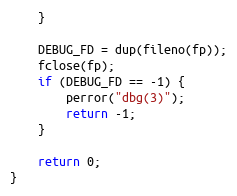
Language: C
	}

	DEBUG_FD = dup(fileno(fp));
	fclose(fp);
	if (DEBUG_FD == -1) {
		perror("dbg(3)");
		return -1;
	}

	return 0;
}